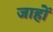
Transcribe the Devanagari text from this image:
जाहों